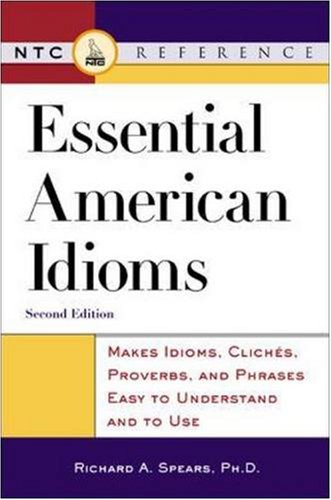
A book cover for Essential American Idioms; Richard A. Spears; Reference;